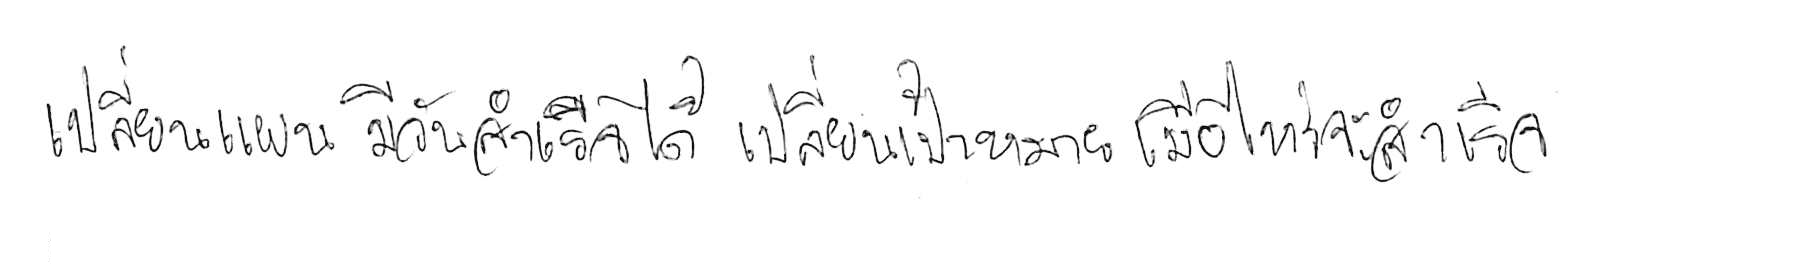
เปลี่ยนแผน มีวันสำเร็จได้ เปลี่ยนเป้าหมาย เมื่อไหร่จะสำเร็จ